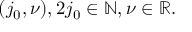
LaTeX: ( j _ { 0 } , \nu ) , 2 j _ { 0 } \in \mathbb { N } , \nu \in \mathbb { R } .